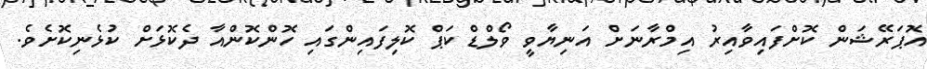
އޮޕަރޭޝަން ކޮށްފައިވާއިރު އިމްރާނަށް އަނިޔާވީ ވޯލްޑް ކަޕް ކޮލިފައިންގައި ހޮންކޮންއާ ދެކޮޅަށް ކުޅެނިކޮށެވެ.